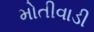
મોતીવાડી